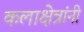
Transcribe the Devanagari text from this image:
कलाक्षेत्रांनी